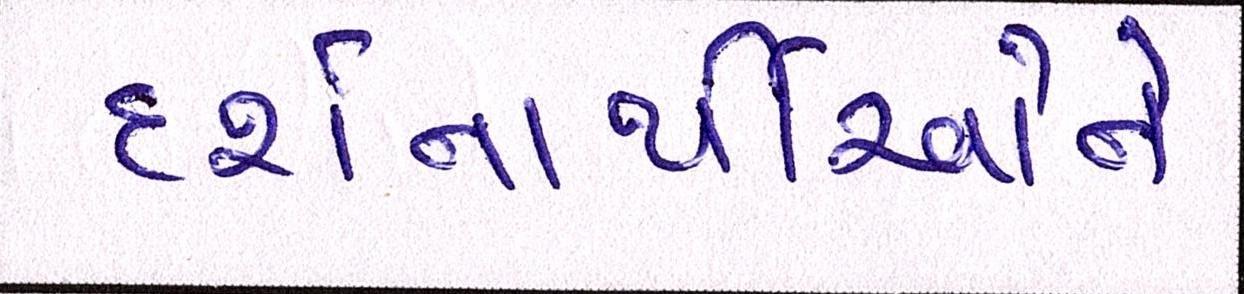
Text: દર્શનાર્થીઓને